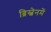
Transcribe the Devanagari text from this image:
ब्रिस्बेनमें